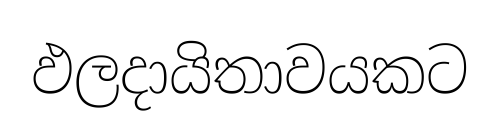
ඵලදායිතාවයකට